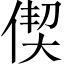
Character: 偰